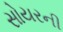
સોયરની